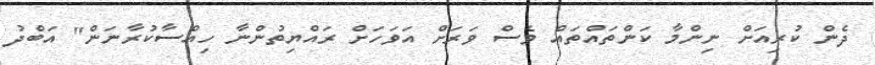
ދެން ކުރިއަށް ނިންމާ ކަންތައްތައް ވެސް ވަރަށް އަވަހަށް ރައްޔިތުންނާ ހިއްސާކުރާނަން" އަބްދު